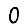
Digit: 0